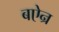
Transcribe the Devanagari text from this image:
बऐन्र